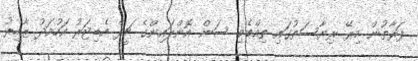
ފަރާތުން މިރޭ ރިޔާސަތުގައި ތިއްބެވި ސަން އޮންލައިންގެ ޗީފް އެޑިޓަރު އަހުމަދު ޒާހިރު